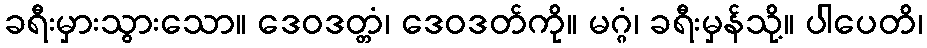
ခရီးမှားသွားသော။ ဒေဝဒတ္တံ၊ ဒေဝဒတ်ကို။ မဂ္ဂံ၊ ခရီးမှန်သို့။ ပါပေတိ၊